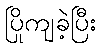
ပြိုကျခဲ့ပြီး